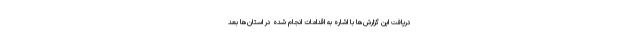
دریافت این گزارش‌ها با اشاره به اقدامات انجام شده در استان‌ها بعد